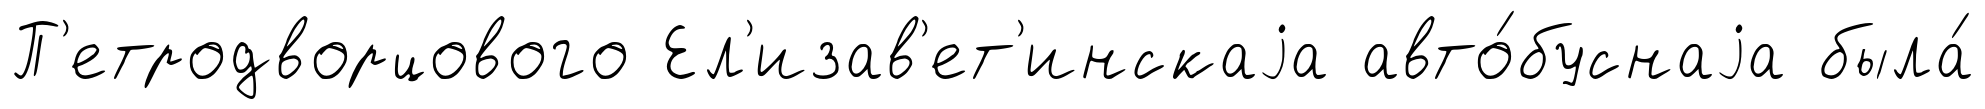
П'етродворцового Ел'изав'ет'инскаjа авто́буснаjа была́